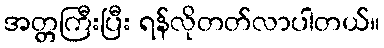
အတ္တကြီးပြီး ရန်လိုတတ်လာပါတယ်။